Report of the Indian Hemp Drugs Commission, 1894-1895 - Volume I
Year: 1894
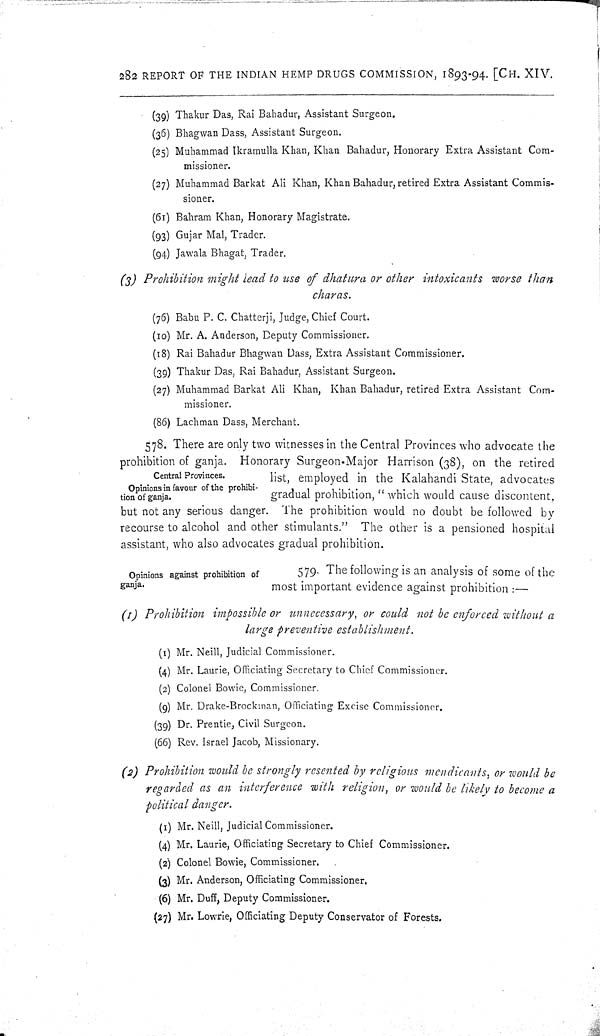
282 REPORT OF THE INDIAN HEMP DRUGS COMMISSION, 1893-94. [CH. XIV.
(39) Thakur Das, Rai Bahadur, Assistant Surgeon.
(36) Bhagwan Dass, Assistant Surgeon.
(25) Muhammad Ikramulla Khan, Khan Bahadur, Honorary Extra Assistant Com-
missioner.
(27) Muhammad Barkat Ali Khan, Khan Bahadur, retired Extra Assistant Commis-
sioner.
(61) Bahram Khan, Honorary Magistrate.
(93) Gujar Mal, Trader.
(94) Jawala Bhagat, Trader.
(3) Prohibition might lead to use of dhatura or other intoxicants
worse than
charas.
(76) Babu P. C. Chatterji, Judge, Chief Court.
(10) Mr. A. Anderson, Deputy Commissioner.
(18) Rai Bahadur Bhagwan Dass, Extra Assistant Commissioner.
(39) Thakur Das, Rai Bahadur, Assistant Surgeon.
(27) Muhammad Barkat Ali Khan, Khan Bahadur, retired Extra Assistant Com-
missioner.
(86) Lachman Dass, Merchant.
Central Provinces.
Opinions in favour of the prohibi-
tion of ganja.
578. There are only two witnesses in the Central Provinces who advocate the
prohibition of ganja. Honorary Surgeon-Major Harrison (38), on the retired
list, employed in the Kalahandi State, advocates
gradual prohibition, "which would cause discontent,
but not any serious danger. The prohibition would no doubt be followed by
recourse to alcohol and other stimulants." The other is a pensioned hospital
assistant, who also advocates gradual prohibition.
Opinions against prohibition of
ganja.
579. The following is an analysis of some of the
most important evidence against prohibition:—
(1) Prohibition impossible or unnecessary, or could not be enforced without a
large preventive establishment.
(1) Mr. Neill, Judicial Commissioner.
(4) Mr. Laurie, Officiating Secretary to Chief Commissioner.
(2) Colonel Bowie, Commissioner.
(9) Mr. Drake-Brockman, Officiating Excise Commissioner.
(39) Dr. Prentie, Civil Surgeon.
(66) Rev. Israel Jacob, Missionary.
(2) Prohibition would be strongly resented by religious mendicants, or would be
regarded as an interference with religion, or would be likely to become a
political danger.
(1) Mr. Neill, Judicial Commissioner.
(4) Mr. Laurie, Officiating Secretary to Chief Commissioner.
(2) Colonel Bowie, Commissioner.
(3) Mr. Anderson, Officiating Commissioner.
(6) Mr. Duff, Deputy Commissioner.
(27) Mr. Lowrie, Officiating Deputy Conservator of Forests.